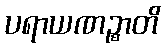
ပရာယဏဉ္စာတိ